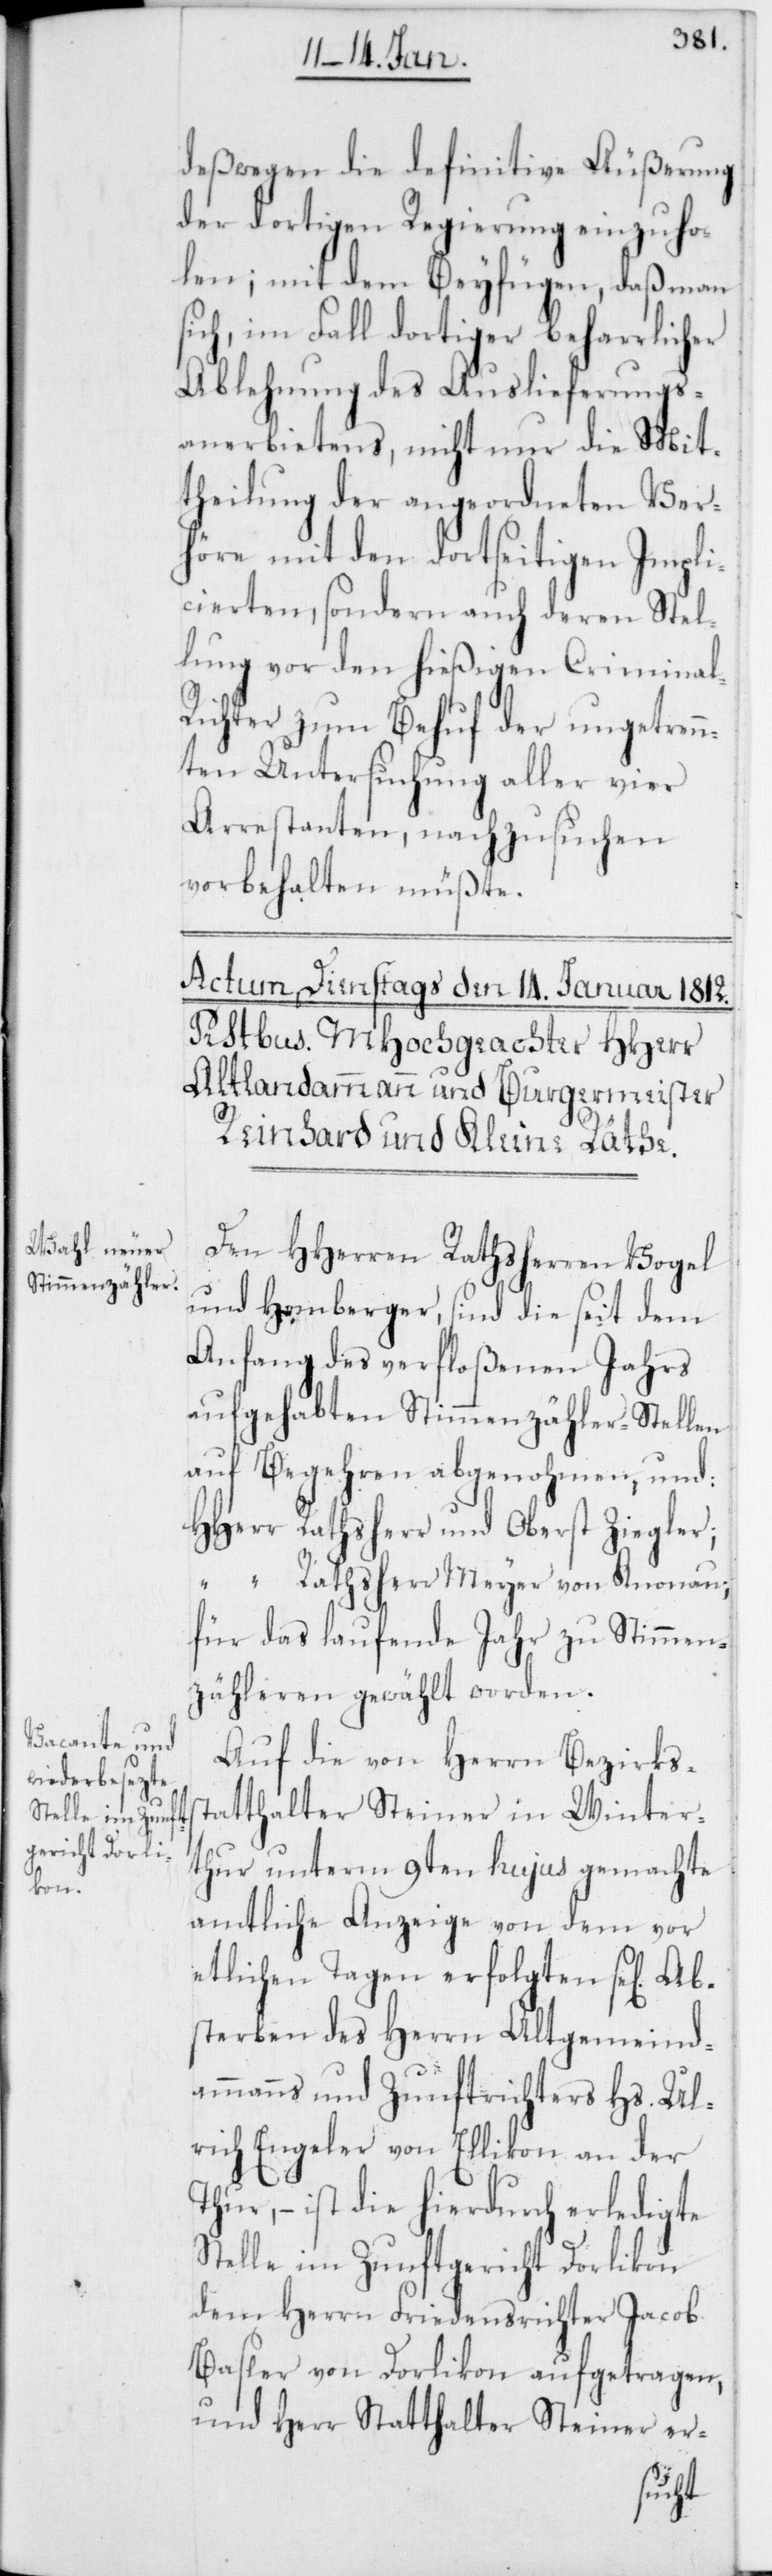
Ab¬

deßwegen die definitive Äußerung
der dortigen Regierung einzuho¬
len; mit dem Beyfügen, daß man
sich, im Fall dortiger beharrlicher
Ablehnung des Auslieferungs¬
anerbietens, nicht nur die Mit¬
theilung der angeordneten Ver¬
höre mit den dortseitigen Impli¬
cierten, sondern auch deren Stel¬
lung vor den hießigen Criminal-R¬
ichter zum Behuf der ungetrenn¬
ten Untersuchung aller vier
Arrestanten, nachzusuchen
vorbehalten müßte.
Den HHerren Rathsherren Vogel
und Homberger, sind die seit dem
Anfang des verfloßenen Jahrs
aufgehabten Stimmenzähler-Stellen
auf Begehren abgenohmen und:
HHerr Rathsherr und Oberst Ziegler;
“ Rathsherr Meyer von Knonau,
für das laufende Jahr zu Stimmen¬
zähleren gewählt worden.
Auf die von Herrn Bezirks¬
statthalter Steiner in Winter¬
thur unterm 9ten hujus gemachte
amtliche Anzeige von dem vor
etlichen Tagen erfolgten se[ligen]
sterben des Herrn Altgemeind¬
ammanns und Zunftrichters Hs. Ul¬
rich Engeler von Ellikon an der
Thur, – ist die hierdurch erledigte
Stelle im Zunftgericht Dorlikon
dem Herrn Friedensrichter Jacob
Basler von Dorlikon aufgetragen,
und Herr Statthalter Steiner er-